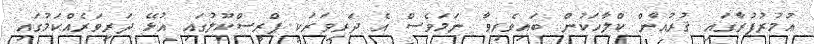
ޢުމުރުފުރާގައި ޤުރުއާން ކްލާހަކުން ބައިވެރިވާ ނަމަވެސް އެ ދަރިވަރަކީ ޕްރީސްކޫލުގައި އުޅޭ ދަރިވަރެއްކަމުގައި